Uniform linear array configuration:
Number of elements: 64
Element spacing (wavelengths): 0.5
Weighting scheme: cosine
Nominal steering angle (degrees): -45
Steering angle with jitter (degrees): -43.789
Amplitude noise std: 0.05
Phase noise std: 0.05

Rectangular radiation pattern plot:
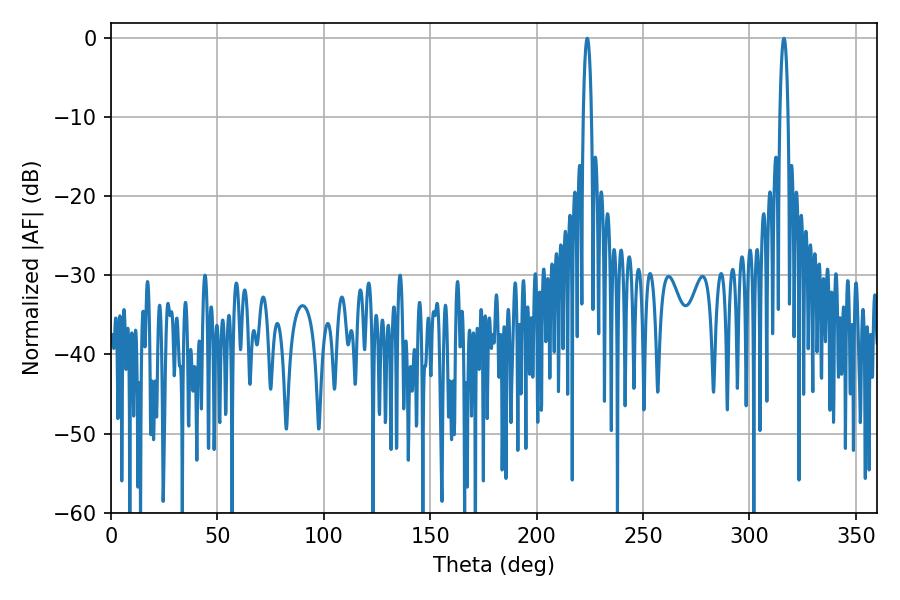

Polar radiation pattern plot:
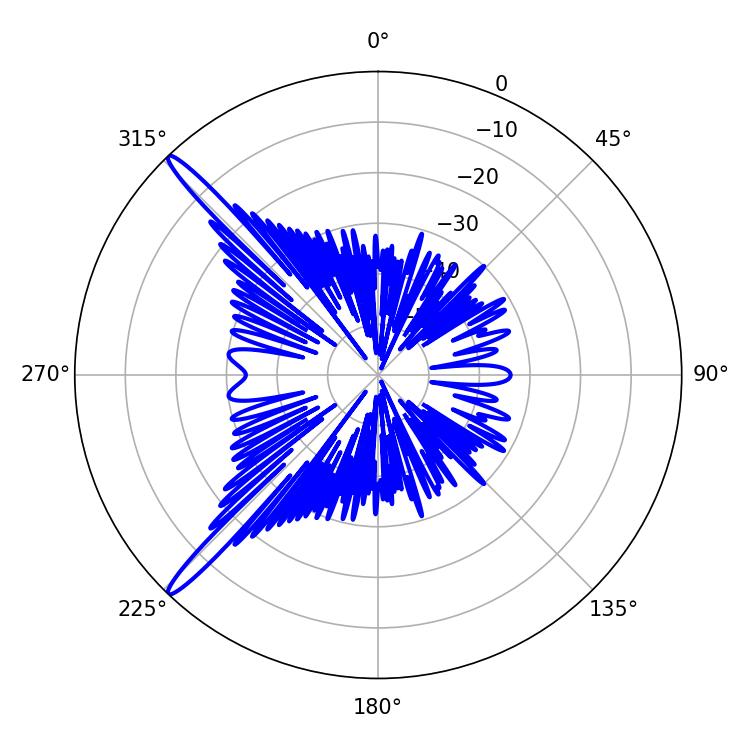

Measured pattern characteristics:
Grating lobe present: FALSE
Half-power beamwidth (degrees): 2.16
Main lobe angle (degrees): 223.74